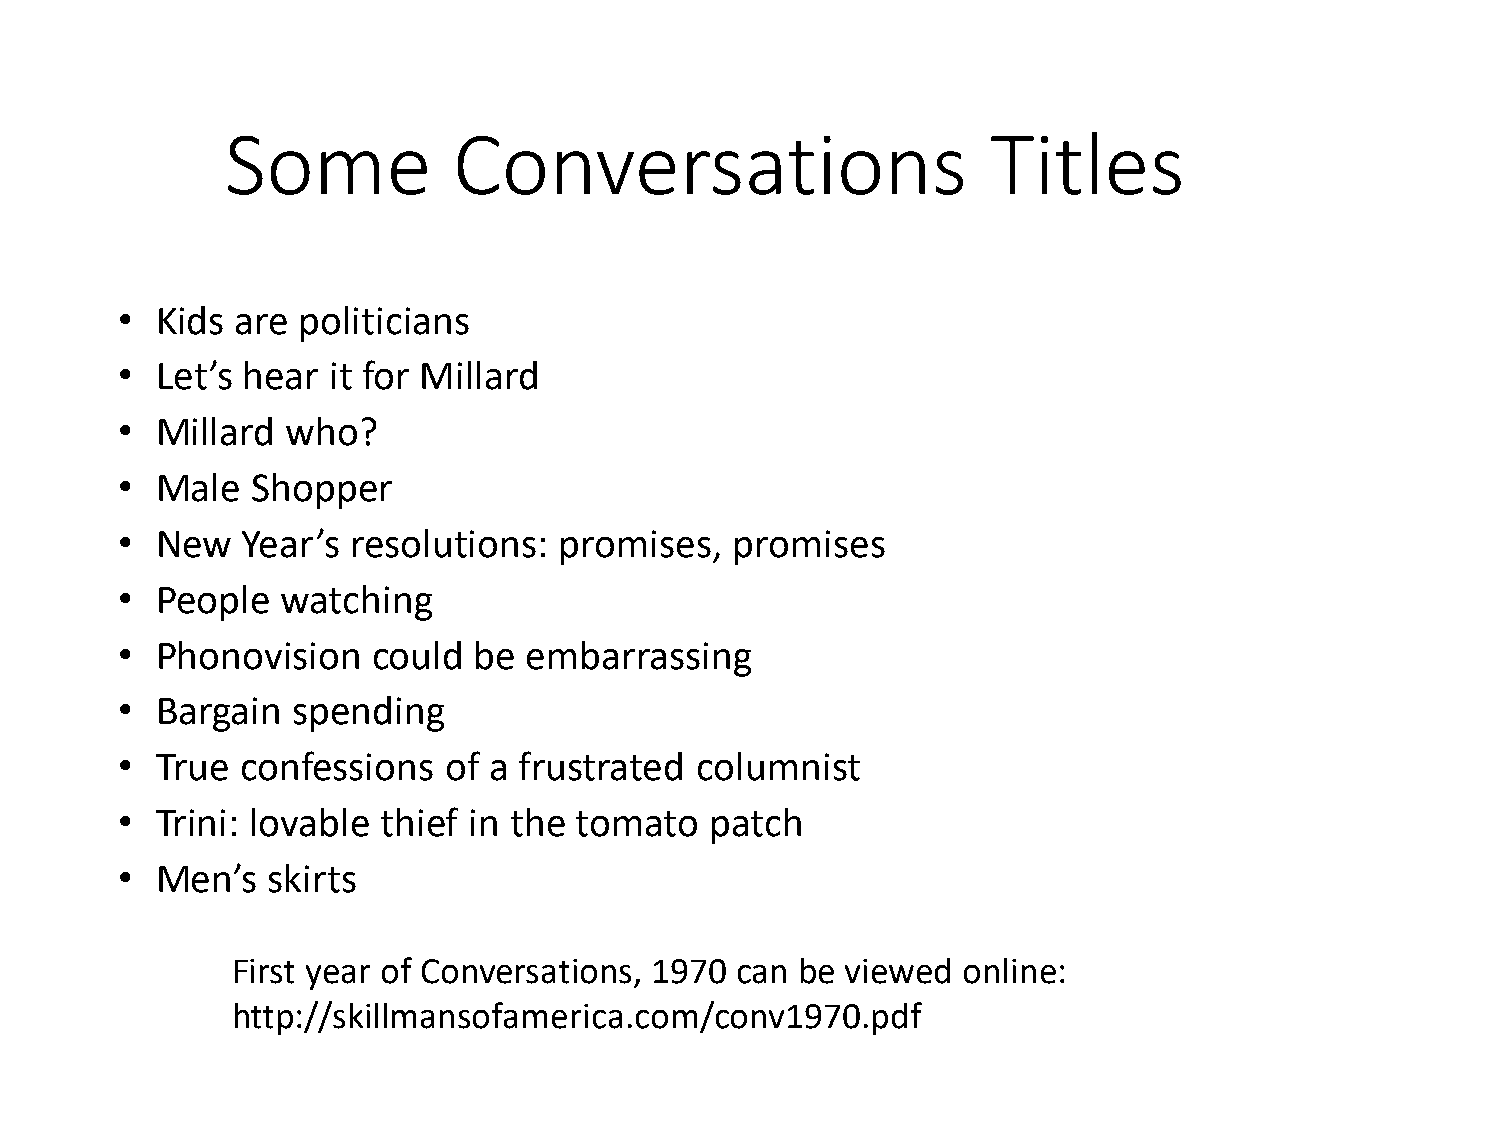
Some           Conversations                       Titles
 • Kids  are politicians
 • Let’s hear  it for Millard
 • Millard  who?
 • Male   Shopper
 • New   Year’s resolutions:  promises,   promises
 • People   watching
 • Phonovision    could be  embarrassing
 • Bargain  spending
 • True  confessions  of a frustrated  columnist
 • Trini: lovable thief in the tomato   patch
 • Men’s   skirts
 First year of Conversations, 1970 can be viewed  online:
 http://skillmansofamerica.com/conv1970.pdf